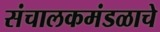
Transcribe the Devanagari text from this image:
संचालकमंडळाचे